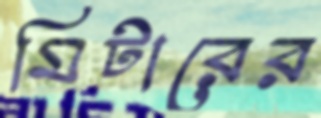
মিটারের